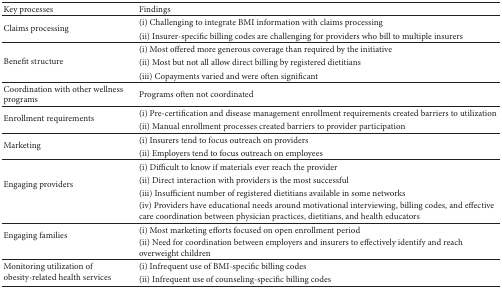
<table><thead><tr><td><b>Key processes</b></td><td><b>Findings</b></td></tr></thead><tbody><tr><td rowspan="2">Claims processing</td><td>(i) Challenging to integrate BMI information with claims processing</td></tr><tr><td>(ii) Insurer-specific billing codes are challenging for providers who bill to multiple insurers</td></tr><tr><td rowspan="3">Benefit structure</td><td>(i) Most offered more generous coverage than required by the initiative</td></tr><tr><td>(ii) Most but not all allow direct billing by registered dietitians</td></tr><tr><td>(iii) Copayments varied and were often significant</td></tr><tr><td>Coordination with other wellness programs </td><td>Programs often not coordinated</td></tr><tr><td rowspan="2">Enrollment requirements</td><td>(i) Pre-certification and disease management enrollment requirements created barriers to utilization</td></tr><tr><td>(ii) Manual enrollment processes created barriers to provider participation</td></tr><tr><td rowspan="2">Marketing</td><td>(i) Insurers tend to focus outreach on providers</td></tr><tr><td>(ii) Employers tend to focus outreach on employees</td></tr><tr><td rowspan="4">Engaging providers</td><td>(i) Difficult to know if materials ever reach the provider</td></tr><tr><td>(ii) Direct interaction with providers is the most successful</td></tr><tr><td>(iii) Insufficient number of registered dietitians available in some networks </td></tr><tr><td>(iv) Providers have educational needs around motivational interviewing, billing codes, and effective care coordination between physician practices, dietitians, and health educators</td></tr><tr><td rowspan="2">Engaging families</td><td>(i) Most marketing efforts focused on open enrollment period</td></tr><tr><td>(ii) Need for coordination between employers and insurers to effectively identify and reach overweight children</td></tr><tr><td rowspan="2">Monitoring utilization of obesity-related health services</td><td>(i) Infrequent use of BMI-specific billing codes </td></tr><tr><td>(ii) Infrequent use of counseling-specific billing codes</td></tr></tbody></table>